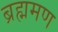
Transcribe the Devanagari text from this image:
ब्रह्ममण